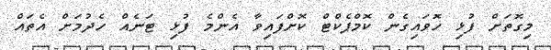
މިގޮތަށް ފުޅި ހޮވައިގެން ކޮމްޕެކްޓް ކޮށްފައިވާ އެންމެ ފުޅި ޓަނެއް ހެދުމަށް އެތައް